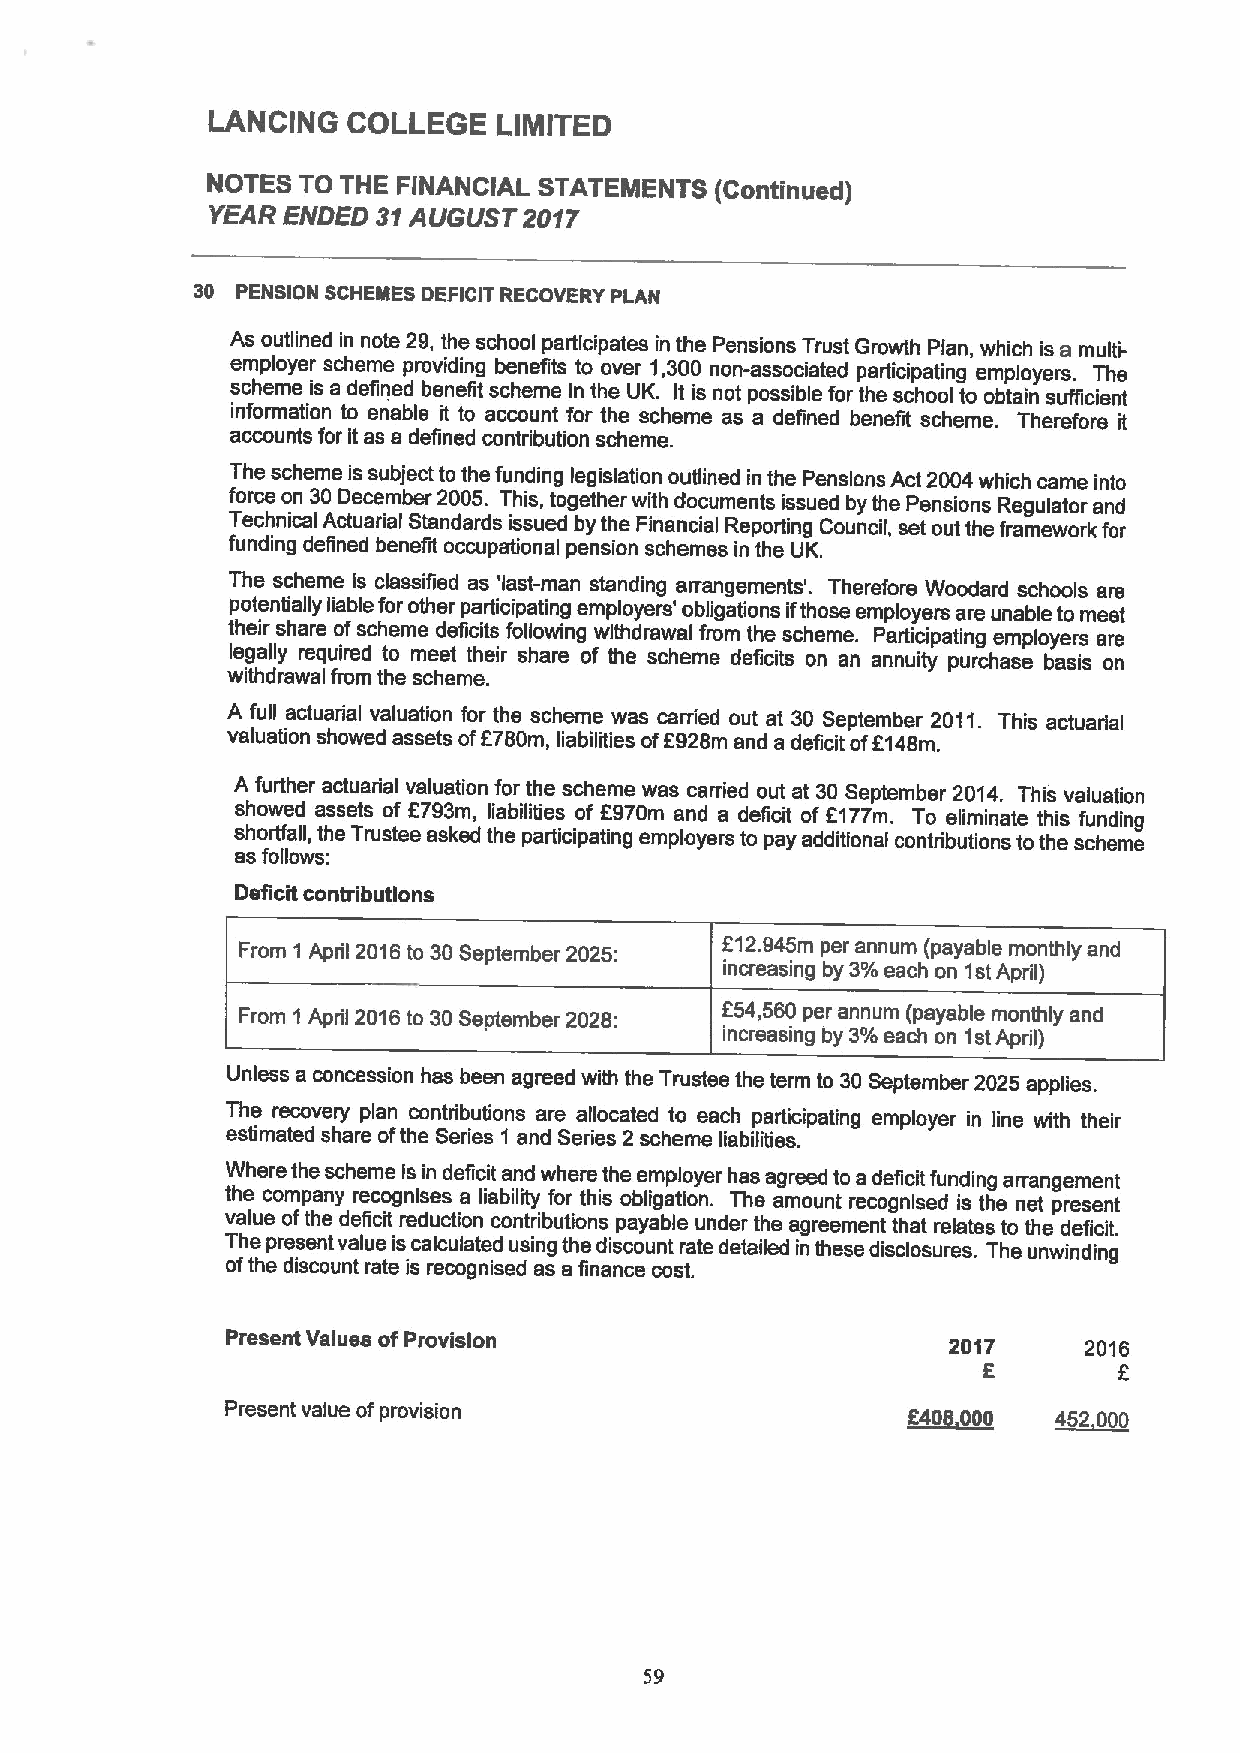
LANCING  COLLEGE   LIMITED
 NOTES TO THE FINANCIAL STATEMENTS (Continued)
 YEAR ENDED 31AUGUST  2017
 30 PENSION SCHEMES DEFICIT RECOVERY PLAN
 As outlined in note 29, the school participates in the Pensions Trust Growth Plan, which is a multi-
 employer scheme providing benefits to over 1,300 non-associated participating employers. The
 scheme is a defined benefit scheme in the UK. It is not possible for the school to obtain sufficient
 information to enable it to account for the scheme as a defined benefit scheme. Therefore it
 accounts for it as a defined contribution scheme.
 The scheme issubject to the funding legislation outlined in the Pensions Act 2004which came into
 force on 30December 2005. This, together with documents issued by the Pensions Regulator and
 Technical Actuarial Standards issued by the Financial Reporting Council, set out the framework for
 funding defined benefit occupational pension schemes in the UK.
 The scheme is classified as 'last-man standing arrangements'. Therefore Woodard schools are
 potentially liable for other participating employers' obligations ifthose employers are unable to meet
 their share ofscheme deficits following withdrawal from the scheme. Participating employers are
 legally required to meet their share of the scheme deficits on an annuity purchase basis on
 withdrawal from the scheme.
 A full actuarial valuation for the scheme was canied out at 30 September 2011. This actuarial
 valuation showed assets ofF780m, liabilities of6928m and a deficit off 148m.
 A further actuarial valuation for the scheme was carried out at 30 September 2014. This valuation
 showed assets of 6793m, liabilities of Z970m and a deficit of 6177m. To eliminate this funding
 shorffall, the Trustee asked the participating employers to pay additional contributions tothe scheme
 as follows:
 Deficit contributions
 From 1 April 2016to 30September 2025:
 f12.945m
 per annum (payable monthly and
 increasing by 3%each on 1st Apdil)
 From 1Apdil 2016to 30September 2028: 654,560per annum (payable monthly and
 increasing by 3%each on 1stApril)
 Unless a concession has been agreed with the Trustee the term to 30September 2025 applies.
 The recovery plan contdibutions are allocated to each participating employer in line with their
 estimated share ofthe Series 1 and Series 2 scheme liabilities.
 Where the scheme is in deficit and where the employer has agreed to a deficit funding arrangement
 the company recognises a liability for this obligation. The amount recognised is the net present
 value ofthe deficit reduction contributions payable under the agreement that relates to the deficit.
 The present value iscalculated using the discount rate detailed in these disclosures. The unwinding
 ofthe discount rate is recognised as a finance cost.
 Present Values ofProvision                      2017     2016
 E        6
 Present value ofprovision                    6408 000  452 000
 59